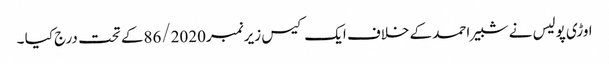
اوڑی پولیس نے شبیر احمد کے خلاف ایک کیس زیر نمبر86/2020کے تحت درج کیا ۔